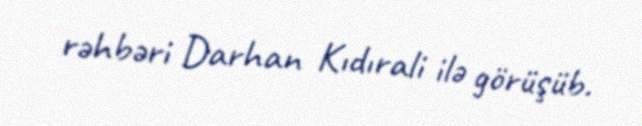
rəhbəri Darhan Kıdırali ilə görüşüb.